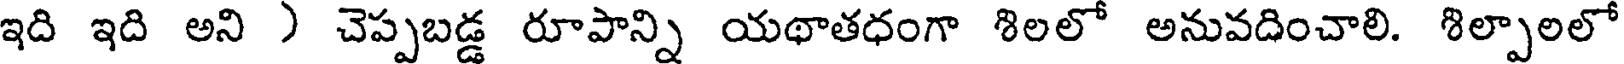
ఇది ఇది అని ) చెప్పబడ్డ రూపాన్ని యథాతధంగా శిలలో అనువదించాలి. శిల్పాలలో